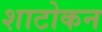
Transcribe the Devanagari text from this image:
शाटोकन